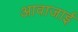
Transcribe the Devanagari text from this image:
आवाजाई